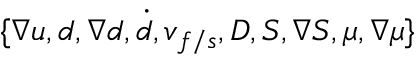
\{ \nabla \boldsymbol { u } , d , \nabla { d } , \dot { d } , \boldsymbol { v } _ { f / s } , \boldsymbol { D } , S , \nabla { S } , \mu , \nabla \mu \}